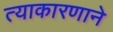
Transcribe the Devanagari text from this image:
त्याकारणाने